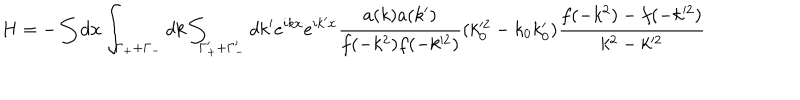
H = - \int d { \bf x } \int _ { \Gamma _ { + } + \Gamma _ { - } } d k \int _ { \Gamma _ { + } ^ { \prime } + \Gamma _ { - } ^ { \prime } } d k ^ { \prime } e ^ { i k x } e ^ { i k ^ { \prime } x } \frac { a ( k ) a ( k ^ { \prime } ) } { f ( - k ^ { 2 } ) f ( - k ^ { 2 } ) } ( k _ { 0 } ^ { 2 } - k _ { 0 } k _ { 0 } ^ { \prime } ) \frac { f ( - k ^ { 2 } ) - f ( - k ^ { 2 } ) } { k ^ { 2 } - k ^ { 2 } }